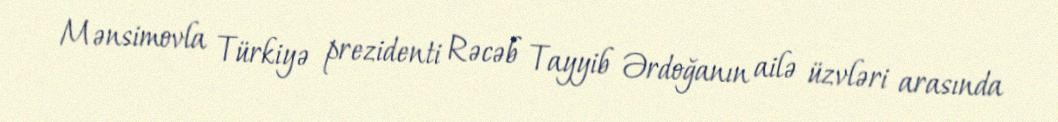
Mənsimovla Türkiyə prezidenti Rəcəb Tayyib Ərdoğanın ailə üzvləri arasında